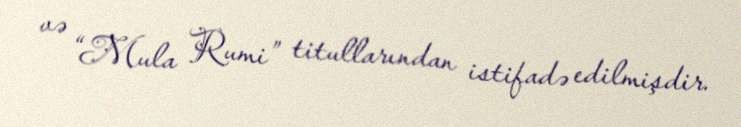
və “Mula Rumi” titullarından istifadə edilmişdir.